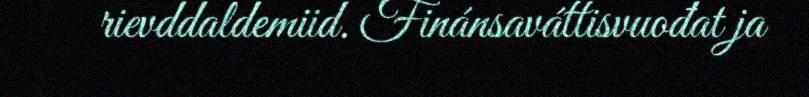
rievddaldemiid. Finánsaváttisvuođat ja